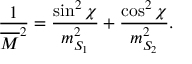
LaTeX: \frac { 1 } { \overline { { { M } } } ^ { 2 } } = \frac { \sin ^ { 2 } \chi } { m _ { S _ { 1 } } ^ { 2 } } + \frac { \cos ^ { 2 } \chi } { m _ { S _ { 2 } } ^ { 2 } } .